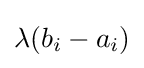
{\textstyle \lambda (b_{i}-a_{i})}